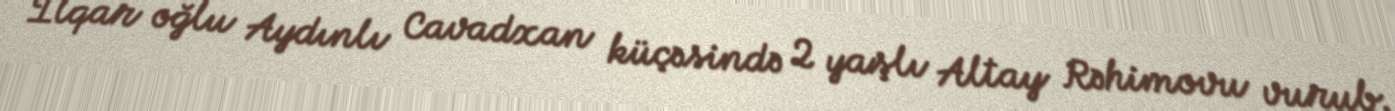
İlqar oğlu Aydınlı Cavadxan küçəsində 2 yaşlı Altay Rəhimovu vurub.